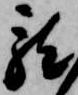
龍